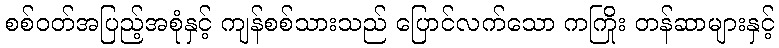
စစ်ဝတ်အပြည့်အစုံနှင့် ကျန်စစ်သားသည် ပြောင်လက်သော ကကြိုး တန်ဆာများနှင့်